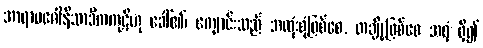
အာရာမဂေါနိသာဒိကကုဋိဟု ခေါ်၏၊ ကျောင်းသည် အလုံးစုံဖြစ်စေ, တချို့ဖြစ်စေ အရံ ရှိ၍